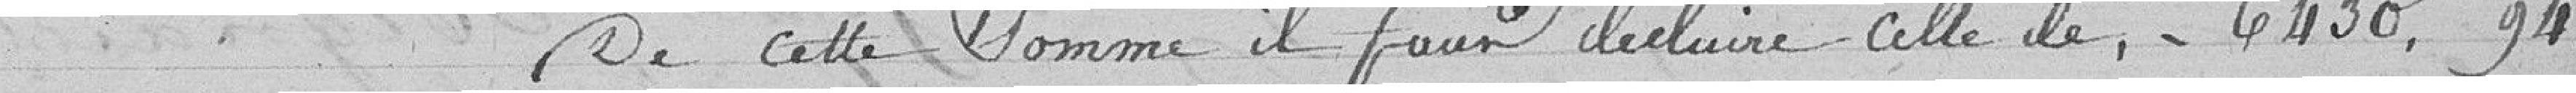
de cette somme il faut déduire celle de, 6 430,94,